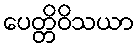
ပေတ္တိဝိသယာ